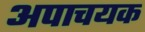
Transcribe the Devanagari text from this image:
अपाचयक